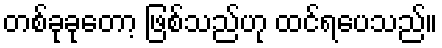
တစ်ခုခုတော့ ဖြစ်သည်ဟု ထင်ရပေသည်။